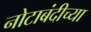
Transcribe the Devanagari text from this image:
नोटाबंदीच्या